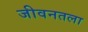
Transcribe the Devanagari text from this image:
जीवनतला